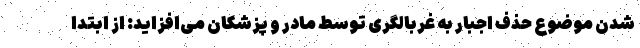
شدن موضوع حذف اجبار به غربالگری توسط مادر و پزشکان می‌افزاید: از ابتدا